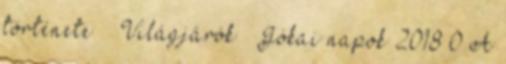
története Világjárók – Jókai napok 2018 0 A